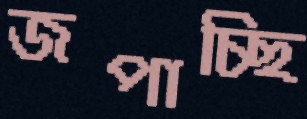
জপাচ্ছি